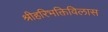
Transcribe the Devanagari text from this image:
श्रीहरिभक्तिविलास